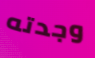
وجدته